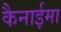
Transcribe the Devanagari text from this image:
कैनाईमा